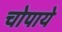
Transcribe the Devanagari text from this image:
चोपाये